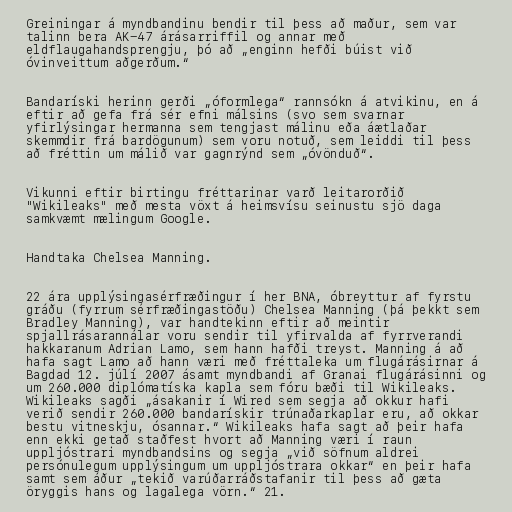
Greiningar á myndbandinu bendir til þess að maður, sem var
talinn bera AK-47 árásarriffil og annar með
eldflaugahandsprengju, þó að „enginn hefði búist við
óvinveittum aðgerðum.“

Bandaríski herinn gerði „óformlega“ rannsókn á atvikinu, en á
eftir að gefa frá sér efni málsins (svo sem svarnar
yfirlýsingar hermanna sem tengjast málinu eða áætlaðar
skemmdir frá bardögunum) sem voru notuð, sem leiddi til þess
að fréttin um málið var gagnrýnd sem „óvönduð“.

Vikunni eftir birtingu fréttarinar varð leitarorðið
"Wikileaks" með mesta vöxt á heimsvísu seinustu sjö daga
samkvæmt mælingum Google.

Handtaka Chelsea Manning.

22 ára upplýsingasérfræðingur í her BNA, óbreyttur af fyrstu
gráðu (fyrrum sérfræðingastöðu) Chelsea Manning (þá þekkt sem
Bradley Manning), var handtekinn eftir að meintir
spjallrásarannálar voru sendir til yfirvalda af fyrrverandi
hakkaranum Adrian Lamo, sem hann hafði treyst. Manning á að
hafa sagt Lamo að hann væri með fréttaleka um flugárásirnar á
Bagdad 12. júlí 2007 ásamt myndbandi af Granai flugárásinni og
um 260.000 diplómatíska kapla sem fóru bæði til Wikileaks.
Wikileaks sagði „ásakanir í Wired sem segja að okkur hafi
verið sendir 260.000 bandarískir trúnaðarkaplar eru, að okkar
bestu vitneskju, ósannar.“ Wikileaks hafa sagt að þeir hafa
enn ekki getað staðfest hvort að Manning væri í raun
uppljóstrari myndbandsins og segja „við söfnum aldrei
persónulegum upplýsingum um uppljóstrara okkar“ en þeir hafa
samt sem áður „tekið varúðarráðstafanir til þess að gæta
öryggis hans og lagalega vörn.“ 21.